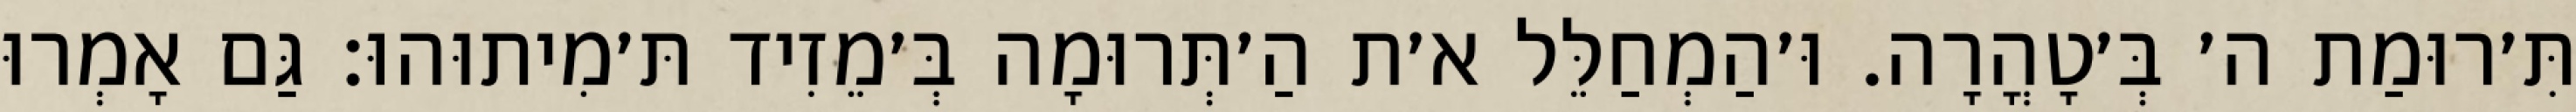
תִּ׳רוּמַת ה׳ בְּ׳טָהֳרָה. וּ׳הַמְחַלֵּל א׳ת הַ׳תְּרוּמָה בְּ׳מֵזִיד תּ׳מִיתוּהוּ: גַּם אָמְרוּ